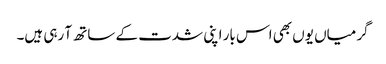
گرمیاں یوں بھی اس بار اپنی شدت کے ساتھ آ رہی ہیں۔